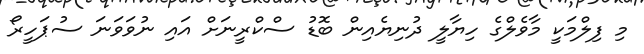
މި ފިލްމަކީ މާވެލްގެ ހިޔާލީ ދުނިޔެއިން ބޮޑު ސްކްރީނަށް އައި ނުވަވަނަ ސުޕަހީރޯ